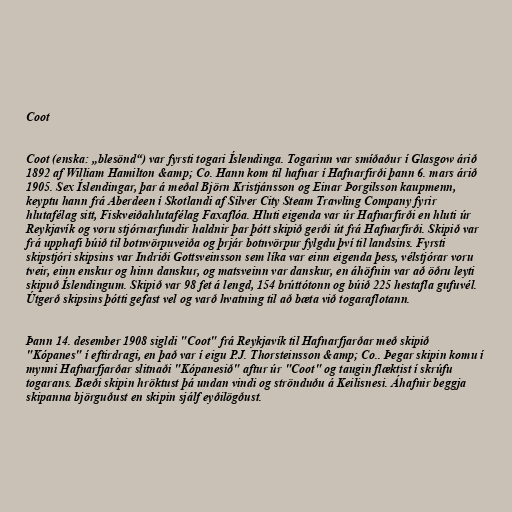
Coot

Coot (enska: „blesönd“) var fyrsti togari Íslendinga. Togarinn var smíðaður í Glasgow árið
1892 af William Hamilton &amp; Co. Hann kom til hafnar í Hafnarfirði þann 6. mars árið
1905. Sex Íslendingar, þar á meðal Björn Kristjánsson og Einar Þorgilsson kaupmenn,
keyptu hann frá Aberdeen í Skotlandi af Silver City Steam Trawling Company fyrir
hlutafélag sitt, Fiskveiðahlutafélag Faxaflóa. Hluti eigenda var úr Hafnarfirði en hluti úr
Reykjavík og voru stjórnarfundir haldnir þar þótt skipið gerði út frá Hafnarfirði. Skipið var
frá upphafi búið til botnvörpuveiða og þrjár botnvörpur fylgdu því til landsins. Fyrsti
skipstjóri skipsins var Indriði Gottsveinsson sem líka var einn eigenda þess, vélstjórar voru
tveir, einn enskur og hinn danskur, og matsveinn var danskur, en áhöfnin var að öðru leyti
skipuð Íslendingum. Skipið var 98 fet á lengd, 154 brúttótonn og búið 225 hestafla gufuvél.
Útgerð skipsins þótti gefast vel og varð hvatning til að bæta við togaraflotann.

Þann 14. desember 1908 sigldi "Coot" frá Reykjavík til Hafnarfjarðar með skipið
"Kópanes" í eftirdragi, en það var í eigu P.J. Thorsteinsson &amp; Co.. Þegar skipin komu í
mynni Hafnarfjarðar slitnaði "Kópanesið" aftur úr "Coot" og taugin flæktist í skrúfu
togarans. Bæði skipin hröktust þá undan vindi og strönduðu á Keilisnesi. Áhafnir beggja
skipanna björguðust en skipin sjálf eyðilögðust.